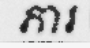
ភារ